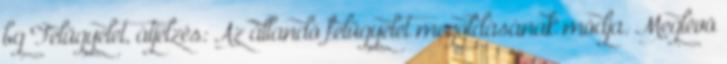
bg Felügyelet, átjelzés: Az állandó felügyelet megoldásának módja. Meglévõ